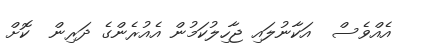
އެއްވެސް  އަކާނުލައި ޖާހިލުކަމުން އެއުރެންގެ ދަރިން  ކޮށް